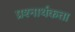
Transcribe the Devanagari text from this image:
प्रश्‍नार्थकता